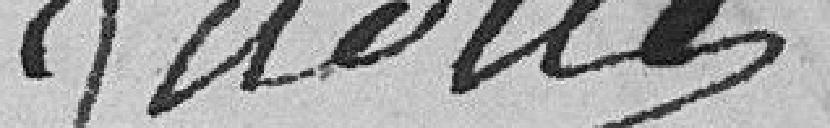
Judice